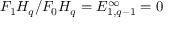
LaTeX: F _ { 1 } H _ { q } / F _ { 0 } H _ { q } = E _ { 1 , q - 1 } ^ { \infty } = 0